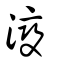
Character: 𣷷